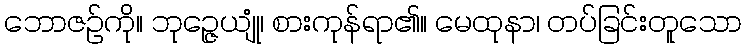
ဘောဇဉ်ကို။ ဘုဉ္ဇေယျုံ၊ စားကုန်ရာ၏။ မေထုနာ၊ တပ်ခြင်းတူသော